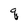
Character: q